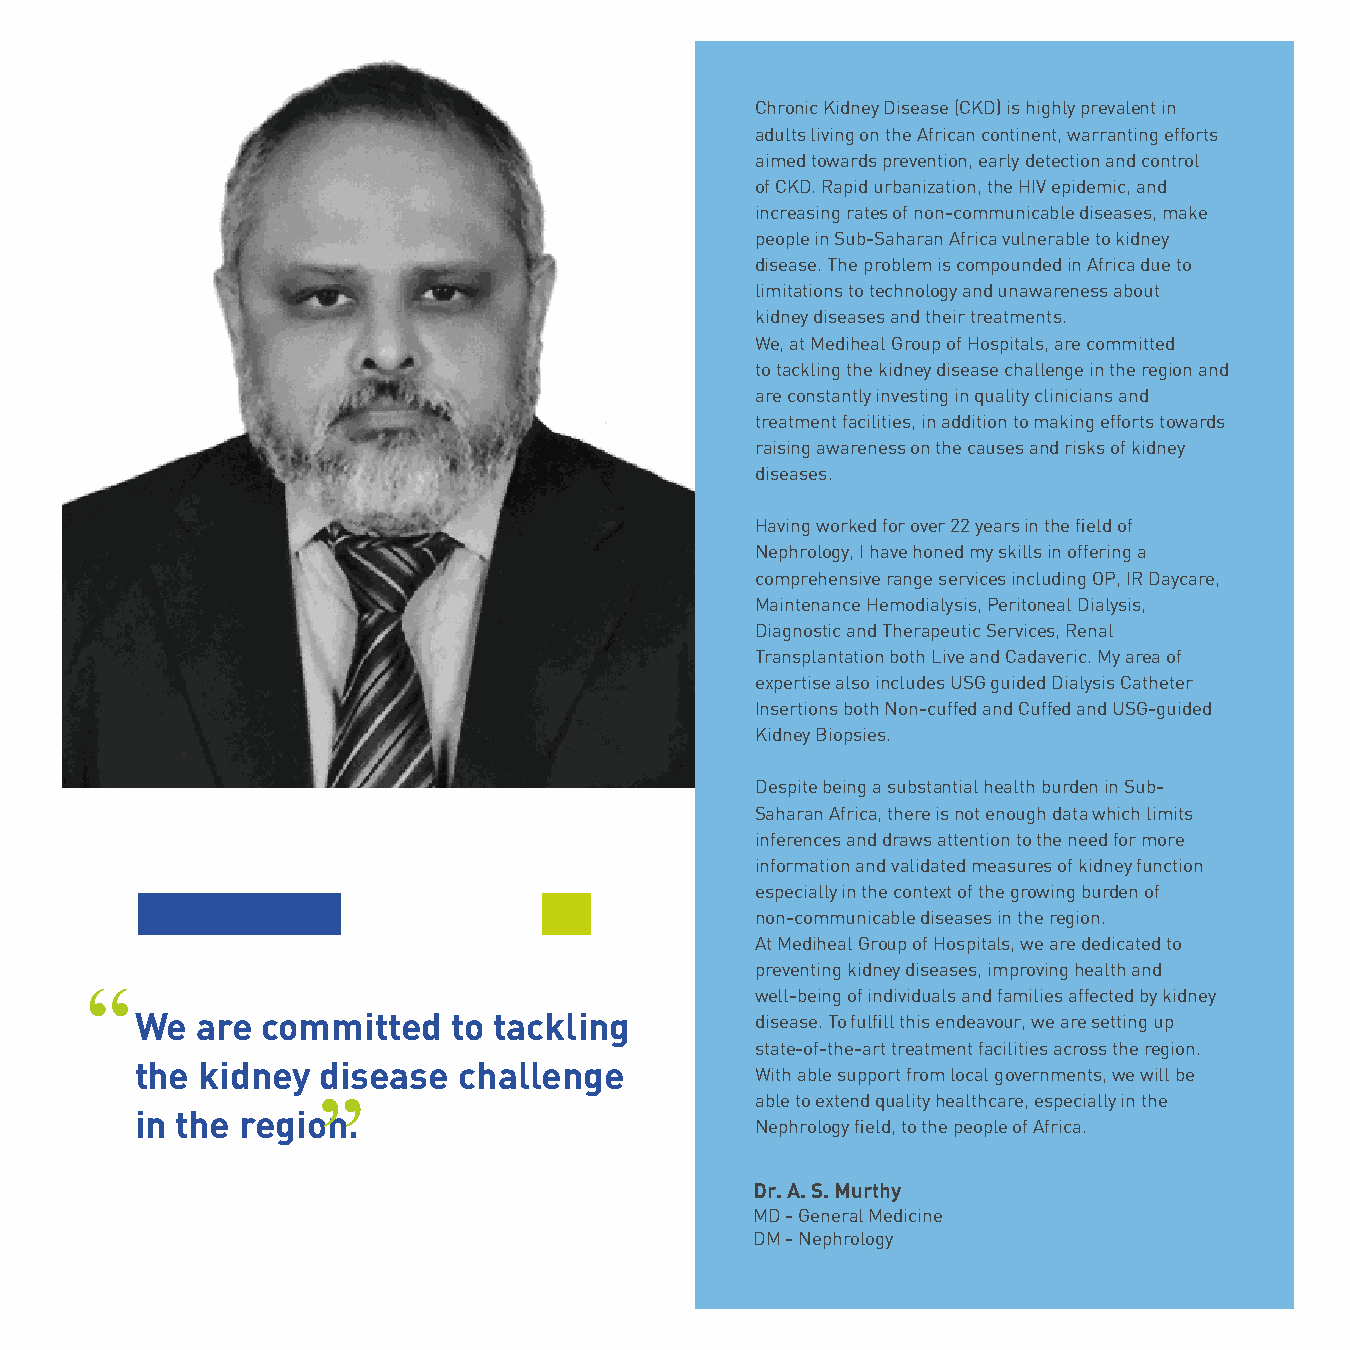
Chronic Kidney Disease (CKD) is highly prevalent in
 adults living on the African continent, warranting efforts
 aimed towards prevention, early detection and control
 of CKD. Rapid urbanization, the HIV epidemic, and
 increasing rates of non-communicable diseases, make
 people in Sub-Saharan Africa vulnerable to kidney
 disease. The problem is compounded in Africa due to
 limitations to technology and unawareness about
 kidney diseases and their treatments.
 We, at Mediheal Group of Hospitals, are committed
 to tackling the kidney disease challenge in the region and
 are constantly investing in quality clinicians and
 treatment facilities, in addition to making efforts towards
 raising awareness on the causes and risks of kidney
 diseases.
 Having worked for over 22 years in the field of
 Nephrology, I have honed my skills in offering a
 comprehensive range services including OP, IR Daycare,
 Maintenance Hemodialysis, Peritoneal Dialysis,
 Diagnostic and Therapeutic Services, Renal
 Transplantation both Live and Cadaveric. My area of
 expertise also includes USG guided Dialysis Catheter
 Insertions both Non-cuffed and Cuffed and USG-guided
 Kidney Biopsies.
 Despite being a substantial health burden in Sub-
 Saharan Africa, there is not enough data which limits
 inferences and draws attention to the need for more
 information and validated measures of kidney function
 especially in the context of the growing burden of
 non-communicable diseases in the region.
 ’’                                          At Mediheal Group of Hospitals, we are dedicated to
 preventing kidney diseases, improving health and
 well-being of individuals and families affected by kidney
 We  are committed    to tackling         disease. To fulfill this endeavour, we are setting up
 state-of-the-art treatment facilities across the region.
 the kidney  disease  challenge           With able support from local governments, we will be
 ’’                           able to extend quality healthcare, especially in the
 in the region.
 Nephrology field, to the people of Africa.
 Dr. A. S. Murthy
 MD - General Medicine
 DM - Nephrology